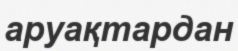
аруақтардан